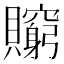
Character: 𧸺